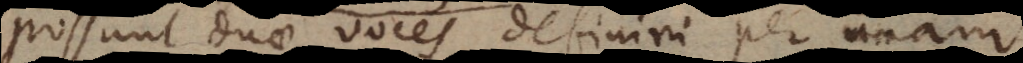
Possunt duae voces definiri per unam